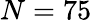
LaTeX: N=75